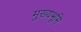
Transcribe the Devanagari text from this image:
मुख्‍यभूमि